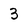
Character: 3